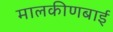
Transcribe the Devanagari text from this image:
मालकीणबाई